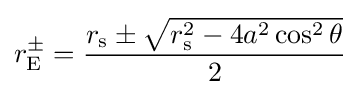
r_{\rm {E}}^{\pm }={\frac {r_{\text{s}}\pm {\sqrt {r_{\text{s}}^{2}-4a^{2}\cos ^{2}\theta }}}{2}}